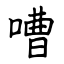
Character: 嘈